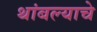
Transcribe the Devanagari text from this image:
थांबल्याचे